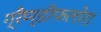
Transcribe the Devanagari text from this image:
ग्रैण्डीफलोरा